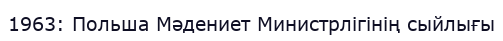
1963: Польша Мәдениет Министрлігінің сыйлығы